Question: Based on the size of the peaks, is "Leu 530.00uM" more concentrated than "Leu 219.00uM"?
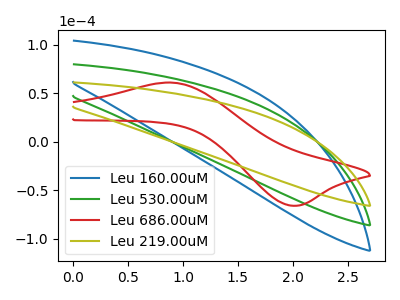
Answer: <think>The blue curve "Leu 160.00uM" has no peaks. The green curve "Leu 530.00uM" has no peaks. The red curve "Leu 686.00uM" has an anodic peak at (0.90V, 61.05uA) and a cathodic peak at (2.00V, -65.75uA). The olive curve "Leu 219.00uM" has no peaks.
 Neither "Leu 219.00uM" or "Leu 530.00uM" have any peaks.</think>
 <answer>I cant tell if "Leu 219.00uM" or "Leu 530.00uM" has higher concentration.</answer>
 <eval>mixed_concentration</eval>